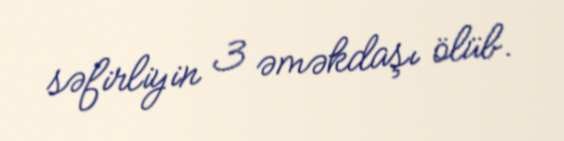
səfirliyin 3 əməkdaşı ölüb.